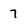
Character: 7